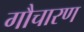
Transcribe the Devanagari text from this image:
गौचारण